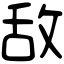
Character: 敌